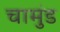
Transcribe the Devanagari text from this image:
चामुंड